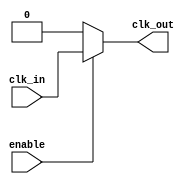
module clock_gating_cell (
    input wire clk_in,      // Incoming clock signal
    input wire enable,      // Enable signal
    output wire clk_out     // Gated clock output
);
    // Gated clock logic
    assign clk_out = enable ? clk_in : 1'b0; // Pass the clock if enabled, else output 0
endmodule